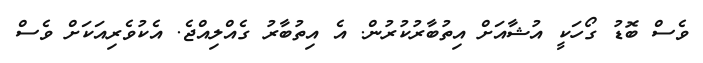
ވެސް ބޮޑު ގޯހަކީ އުޝާއަށް އިތުބާރުކުރުން. އެ އިތުބާރު ގެއްލިއްޖެ. އެކުވެރިއަކަށް ވެސް